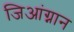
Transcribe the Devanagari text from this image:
जिआंग्नान